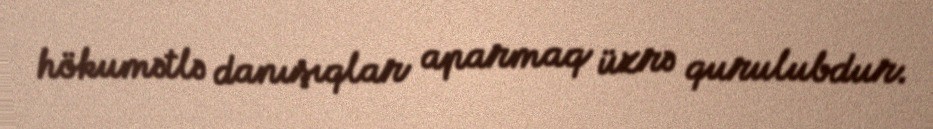
hökumətlə danışıqlar aparmaq üzrə qurulubdur.